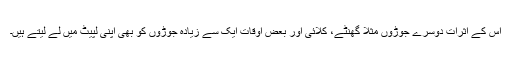
اس کے اثرات دوسرے جوڑوں مثلاً گھنٹے، کلائی اور بعض اوقات ایک سے زیادہ جوڑوں کو بھی اپنی لپیٹ میں لے لیتے ہیں۔